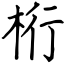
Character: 桁